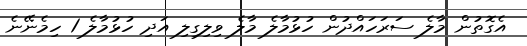
އެގޮތުން މާލެ ސަރަހައްދުން ހުޅުމާލެ މާލެ ވިލިގިލި އަދި ހުޅުމާލެ 1 ހިމެނޭނެ